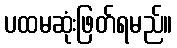
ပထမဆုံးဖြတ်ရမည်။